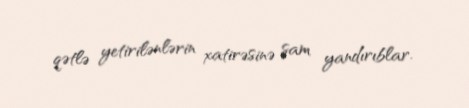
qətlə yetirilənlərin xatirəsinə şam yandırıblar.